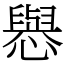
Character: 㦛